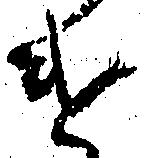
け